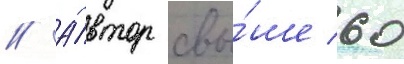
// А́втор свы́ше 60